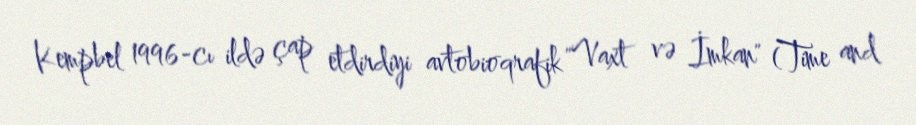
Kempbel 1996-cı ildə çap etdirdiyi avtobioqrafik "Vaxt və İmkan" (Time and